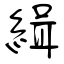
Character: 緝